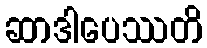
ဆာဒါပေဿတိ